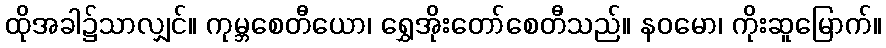
ထိုအခါ၌သာလျှင်။ ကုမ္ဘစေတီယော၊ ရွှေအိုးတော်စေတီသည်။ နဝမော၊ ကိုးဆူမြောက်။